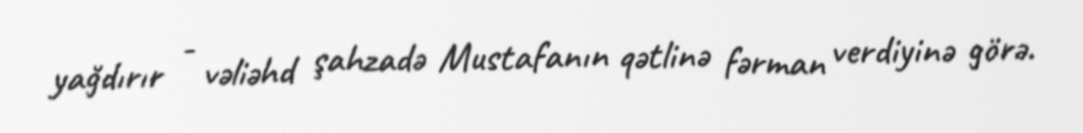
yağdırır - vəliəhd şahzadə Mustafanın qətlinə fərman verdiyinə görə.